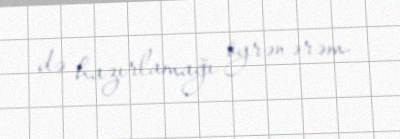
də hazırlamağı öyrənərəm.